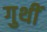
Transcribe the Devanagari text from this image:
गुथीं